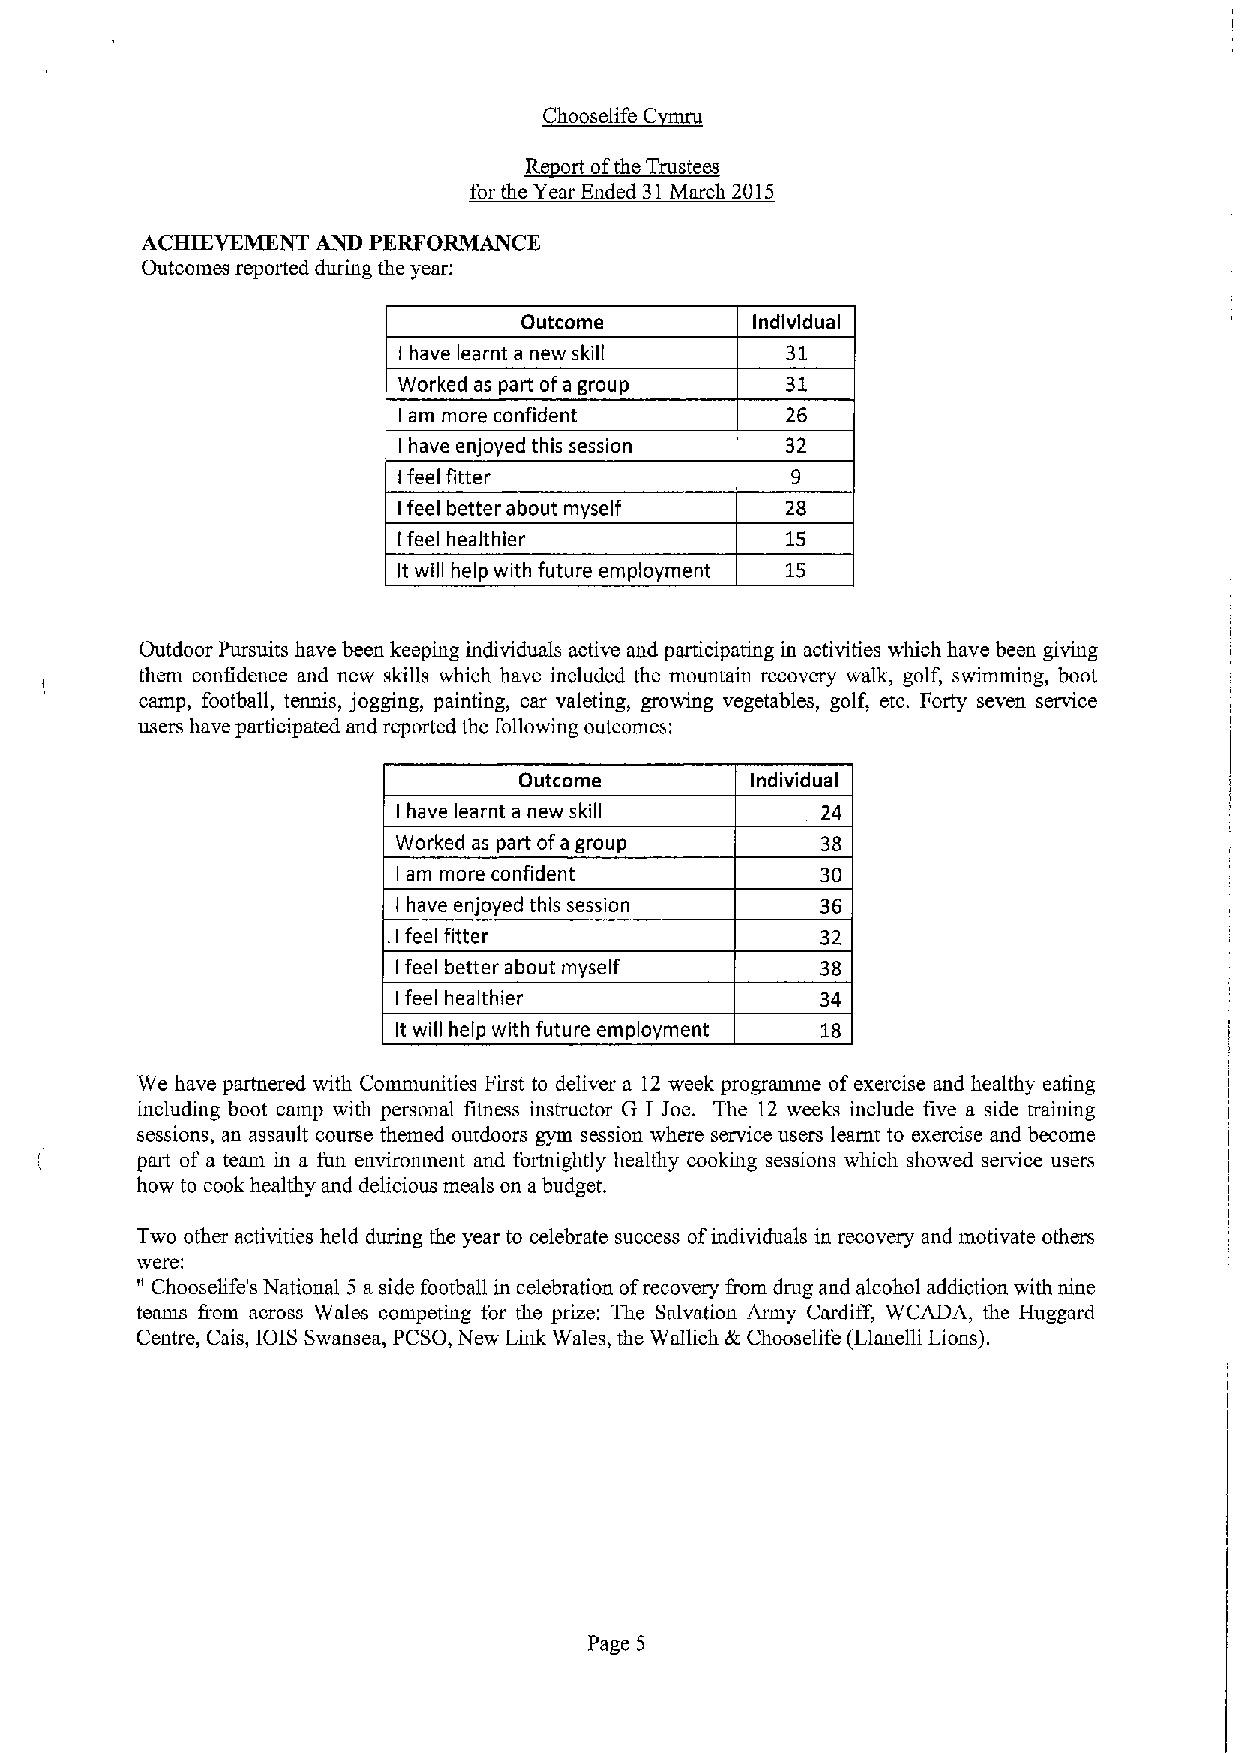
~Gv
 c~
 R ort ofthe Trustees
 for the Year Ended 31March 2015
 ACHIEVEMENT AND PERFORMANCE
 Outcomes reported during the year.
 Outcome        Individual
 have learnt a new skill  31
 I
 Worked as part ofa group  31
 am more confident        26
 I
 have enjoyed this session 32
 I
 feel fitter
 I
 feel better about myself 28
 I
 feel healthier           15
 I
 It will help with future employment 15
 Outdoor Pursuits have been keeping individuals active and participating in activities which have been giving
 them confidence and new skills which have included the mountain recovery walk, golf, swimming, boot
 camp, football, tennis, jogging, painting, car valeting, growing vegetables, golf, etc. Forty seven service
 users have participated and reported the following outcomes:
 Outcome         Individual
 have learnt a new skill    24
 I
 Worked as part ofa group    38
 am more confident          30
 I
 have enjoyed this session
 I
 . feei fitter               32
 I
 feel better about myself   38
 I
 feel healthier             34
 I
 It will help with future employment 18
 We have partnered with Communities First to deliver a 12 week programme ofexercise and healthy eating
 including boot camp with personal fitness instructor G I Joe. The 12 weeks include five a side training
 sessions, an assault course themed outdoors gym session where service users learnt to exercise and become
 part of a team in a fun envirorunent and fortnightly healthy cooking sessions which showed service users
 how to cook healthy and delicious meals on abudget.
 Two other activities held during the year to celebrate success ofindividuals in recovery and motivate others
 were:
 "
 Chooselife's National 5 a side football in celebration ofrecovery fi'om drug and alcohol addiction with nine
 teams Irom across Wales competing for the prize: The Salvation Army Cardiff, WCADA, the Huggard
 Centre, Cais, IOIS Swansea, PCSO, New Link Wales, the Wallich &Chooselife (Llanelli Lions).
 Page 5